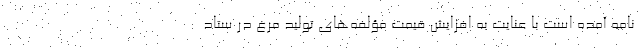
نامه آمده است با عنایت به افزایش قیمت مؤلفه‌های تولید مرغ در ستاد